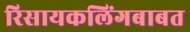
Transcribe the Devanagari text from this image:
रिसायकलिंगबाबत